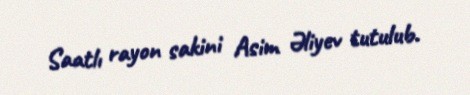
Saatlı rayon sakini Asim Əliyev tutulub.